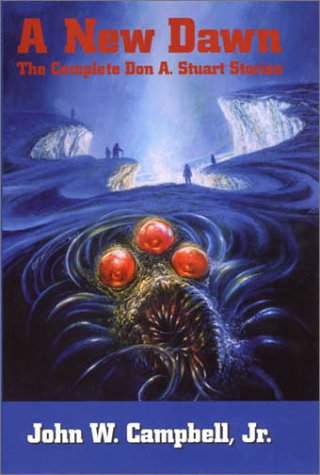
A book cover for A New Dawn: The Complete Don A. Stuart Stories (Nesfa's Choice Series, Volume 22); John W. Campbell; Science Fiction & Fantasy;